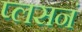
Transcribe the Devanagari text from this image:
प्लसनं